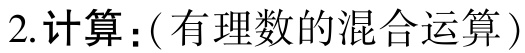
2. 计算：(有理数的混合运算)